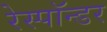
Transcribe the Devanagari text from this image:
रेस्पॉन्डर